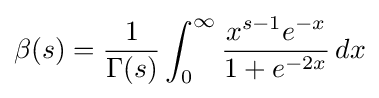
\beta (s)={\frac {1}{\Gamma (s)}}\int _{0}^{\infty }{\frac {x^{s-1}e^{-x}}{1+e^{-2x}}}\,dx